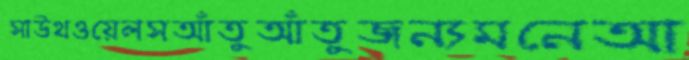
সাউথওয়েলসআঁতুআঁতুজন্যমনেআ